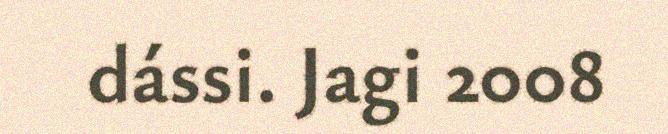
dássi. Jagi 2008